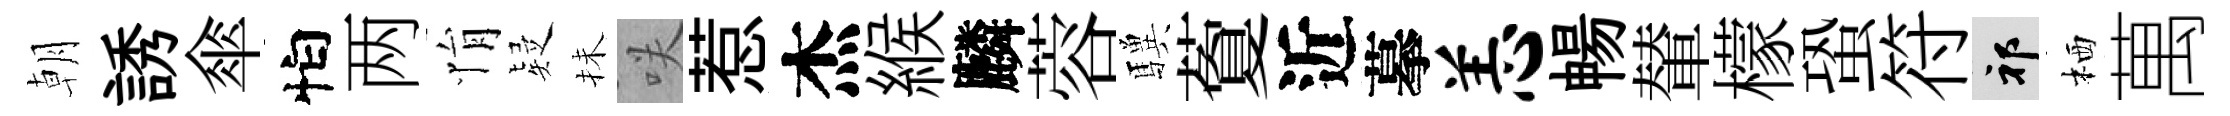
朝誘傘怕两悁疑抺咲惹杰緱麟蓉驥藑近摹恙暢輦檬蛩符祁栖萬